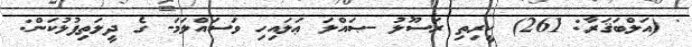
' (އަލްބަޤަރާ: 261) ކީރިތި ރަސޫލު -ޞައްލަ ޢަލައިހި ވަސައްލަމަ- ގެ ދީލަތިފުޅުކަން: